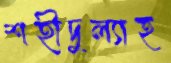
শহীদুল্যাহ